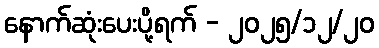
နောက်ဆုံးပေးပို့ရက် - ၂၀၂၅/၁၂/၂၀